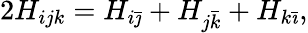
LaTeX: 2H_{ijk}=H_{i\bar{\jmath}}+H_{j\bar{k}}+H_{k\bar{\imath}},